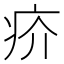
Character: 疥